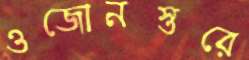
ওজোনস্তরে